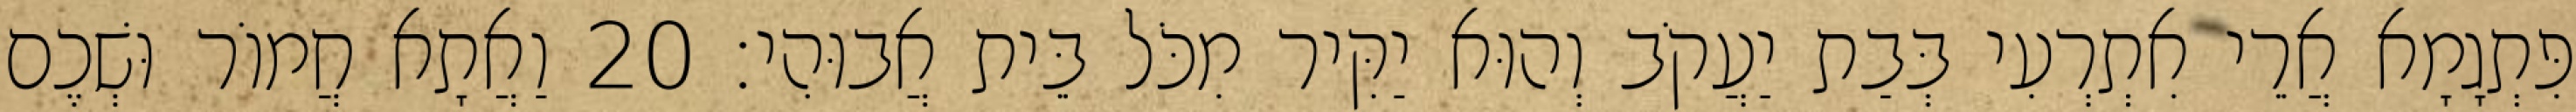
פִּתְגָמָא אֲרֵי אִתְרְעִי בְּבַת יַעֲקֹב וְהוּא יַקִּיר מִכֹּל בֵּית אֲבוּהִי׃ 20 וַאֲתָא חֲמוֹר וּשְׁכֶם